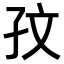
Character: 𪦹